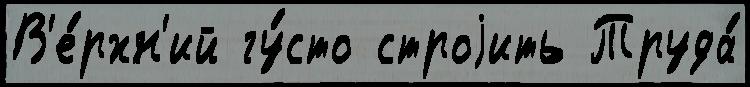
В'е́рхн'ий гу́сто строjить Труда́